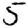
Digit: 5